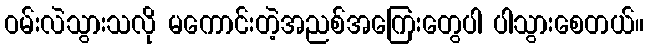
ဝမ်းလဲသွားသလို မကောင်းတဲ့အညစ်အကြေးတွေပါ ပါသွားစေတယ်။